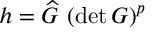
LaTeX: h = \widehat { G } \, \left( \mathrm { d e t } \, G \right) ^ { p }